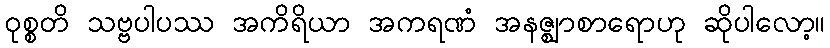
ဝုစ္စတိ သဗ္ဗပါပဿ အကိရိယာ အကရဏံ အနဇ္ဈာစာရောဟု ဆိုပါလော့။